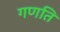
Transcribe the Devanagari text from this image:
गणति